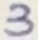
Text: 3